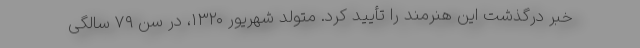
خبر درگذشت این هنرمند را تأیید کرد. متولد شهریور ۱۳۲۰، در سن ۷۹ سالگی